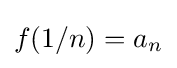
f(1/n)=a_{n}